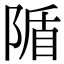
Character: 𨺠